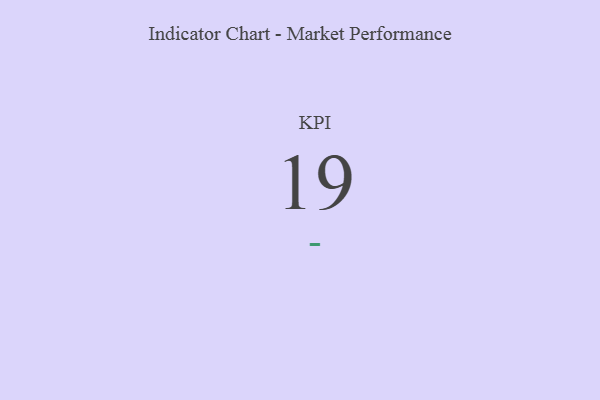
{"axis": {"x": "KPI", "y": "Value"}, "legend": [""], "data": [{"x": "KPI", "y": 19, "type": ""}]}